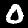
Digit: 0